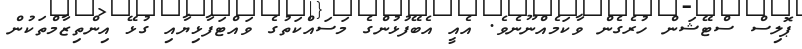
ޕޮލިސް ސްޓޭޝަން ހުރެގެން ވާކަމެއްނޫނެވެ. އެއީ އެބޭފުޅުންގެ މަސައްކަތުގެ ވައްޓަފާޅިޔާއި ގުޅޭ އިންތިޒާމްތަކުން